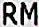
RM